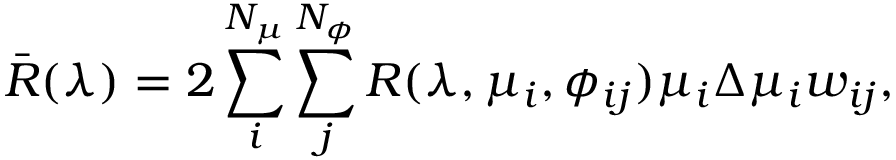
\bar { R } ( \lambda ) = 2 \sum _ { i } ^ { N _ { \mu } } \sum _ { j } ^ { N _ { \phi } } R ( \lambda , \mu _ { i } , \phi _ { i j } ) \mu _ { i } \Delta \mu _ { i } w _ { i j } ,